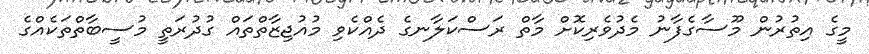
މީގެ އިތުރުން މޫސާގެފާނު މެދުވެރިކޮށް މާތް ރަސްކަލާނގެ ދެއްކެވި މުއުޖިޒާތްތައް ގުދުރަތީ މުސީބާތްތަކެއްގެ